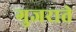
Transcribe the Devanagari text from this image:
गुजराते